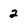
Character: 2